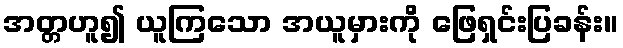
အတ္တဟူ၍ ယူကြသော အယူမှားကို ဖြေရှင်းပြခန်း။